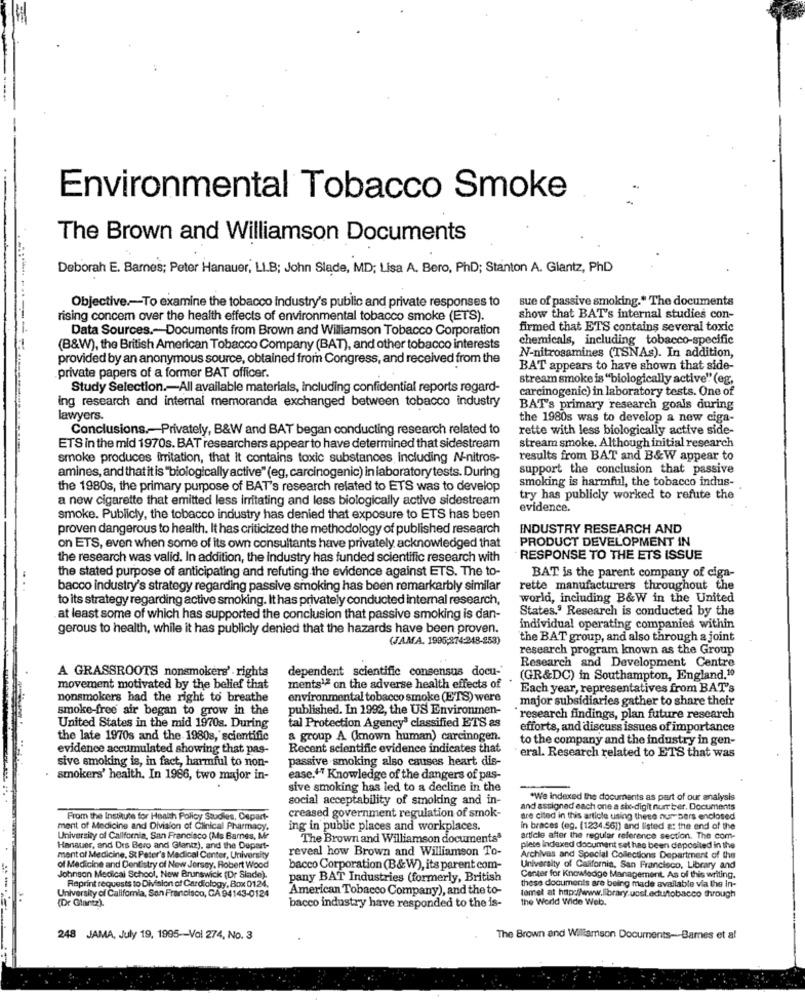
Environmental Tobacco Smoke
The Brown and Williamson Documents
Deborah E. Barnes; Peter Hanauer, LI.B; John Slade, MD; Lisa A. Bero, PhD; Stanton A. Giantz, PhD
sue of passive smoking." The documents
Objective .- To examine the tobacco industry's public and private responses to
rising concem over the health effects of environmental tobacco smoke (ETS).
show that BAT's internal studies con-
Data Sources .- Documents from Brown and Williamson Tobacco Corporation
firmed that ETS contains several toxic
chemicals, including tobacco-specific
(B&W), the British American Tobacco Company (BAT), and other tobacco interests
provided by an anonymous source, obtained from Congress, and received from the
N-nitrosamines (TSNAs). In addition,
BAT appears to have shown that side-
private papers of a former BAT officer.
stream smoke is "biologically active"" (eg,
Study Selection .- All available materials, including confidential reports regard-
carcinogenic) in laboratory tests. One of
ing research and internal memoranda exchanged between tobacco industry
BAT's primary research goals during
lawyers.
the 1980s was to develop a new ciga-
Conclusions .- Privately, B&W and BAT began conducting research related to
rette with less biologically active side-
stream smoke. Although initial research
ETS in the mid 1970s. BAT researchers appear to have determined that sidestream
smoke produces Irritation, that it contains toxic substances, including N-nitros-
results from BAT and B&W appear to
amines, and thatit is "biologically active" (eg, carcinogenic) in laboratory tests. During
support the conclusion that passive
smoking is harmful, the tobacco indus-
the 1980s, the primary purpose of BAT's research related to ETS was to develop
a new cigarette that emitted less irritating and less biologically active sidestream
try has publicly worked to refute the
evidence.
smoke. Publicly, the tobacco industry has denied that exposure to ETS has been
proven dangerous to health. It has criticized the methodology of published research
INDUSTRY RESEARCH AND
PRODUCT DEVELOPMENT IN
on ETS, even when some of its own consultants have privately acknowledged that
the research was valid. In addition, the industry has funded scientific research with
RESPONSE TO THE ETS ISSUE
the stated purpose of anticipating and refuting the evidence against ETS. The to-
BAT is the parent company of ciga-
bacco industry's strategy regarding passive smoking has been remarkarbly similar
rette manufacturers throughout the
to its strategy regarding active smoking. It has privately conducted internal research,
world, including B&W in the United
States. Research is conducted by the
at least some of which has supported the conclusion that passive smoking is dan-
gerous to health, while it has publicly denied that the hazards have been proven.
individual operating companies within
(JAMA. 1995;274-248-253)
the BAT group, and also through a joint
research program known as the Group
Research and Development Centre
A GRASSROOTS nonsmokers' rights
dependent scientific consensus docu-
(GR&DC) in Southampton, England.10
movement motivated by the belief that
ments1ª on the adverse health effects of .
Each year, representatives from BAT's
nonsmokers had the right to breathe
environmental tobacco smoke (ETS) were
major subsidiaries gather to share their
smoke-free air began to grow in the
published. In 1992, the US Environmen-
`research findings, plan future research
United States in the mid 1970s. During
tal Protection Agency3 classified ETS as
efforts, and discuss issues of importance
the late 1970s and the 1980s, scientific
a group A (known human) carcinogen.
to the company and the industry in gen-
evidence accumulated showing that pas-
Recent scientific evidence indicates that
" eral. Research related to ETS that was
sive smoking is, in fact, harmful to non-
passive smoking also causes heart dis-
smokers' health. In 1986, two major in-
ease."" Knowledge of the dangers of pas-
sive smoking has led to a decline in the
social acceptability of smoking and in-
*We indexed the documents as part of our analysis
and assigned each one a sto-digit number. Documents
From the Institute for Health Policy Studies, Oepart-
creased government regulation of smok-
are cited in this article using these numbers enclosed
ment of Medicine and Division of Clinical Pharmacy.
ing in public places and workplaces.
in braces (eg. (1234.56]) and listed a: the end of the
University of California, San Francisco (Ms Barnes, Mr
The Brown and Williamson documents5
article after the regular reference section. The com-
Hanauer, and Drs Bero and Glantz), and the Depart-
reveal how Brown and Williamson To-
plete indexed document set has been deposited in the
ment al Medicine, St Peter's Medical Center, University
Archives and Special Collections Department of the
of Medicine and Dentistry of New Jersey, Robert Wood
bacco Corporation (B&W), its parent com-
University of California, San Francisco, Library and
Johnson Medical School, New Brunswick (Dr Slade).
Reprint requests to Division of Cardiology, Box 0124,
pany BAT Industries (formerly, British
Center for Knowledge Management. As of this writing.
these documents are being made available via the in-
University of California, San Francisco, CA 94143-0124
American Tobacco Company), and the to-
temet at http://www.library.ucst.edu/tobacco through
the World Wide Web.
(Dr Glantz).
bacco industry have responded to the is-
248 JAMA, July 19, 1995 -- Vol 274, No. 3
The Brown and Williamson Documents-Barnes et al